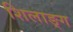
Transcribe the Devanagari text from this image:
शिलाङ्ग